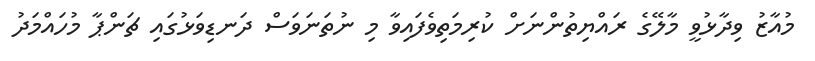
މުއާޒު ވިދާޅުވީ މާލޭގެ ރައްޔިތުންނަށް ކުރިމަތިވެފައިވާ މި ނުތަނަވަސް ދަނޑިވަޅުގައި ޗަންޕާ މުހައްމަދު